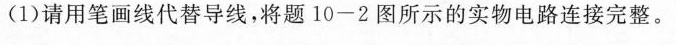
(1)请用笔画线代替导线，将题10-2图所示的实物电路连接完整。